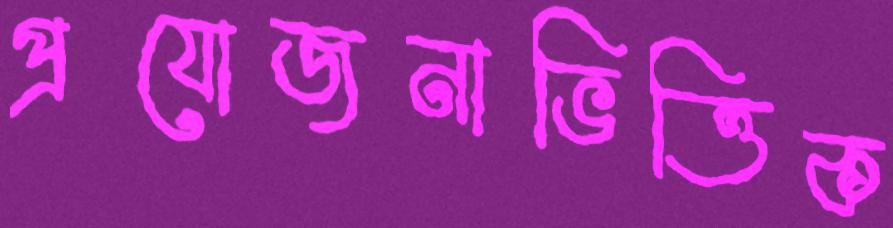
প্রযোজনাভিত্তিক